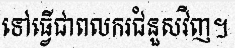
ទៅធ្វើជាពលករជំនួសវិញ។